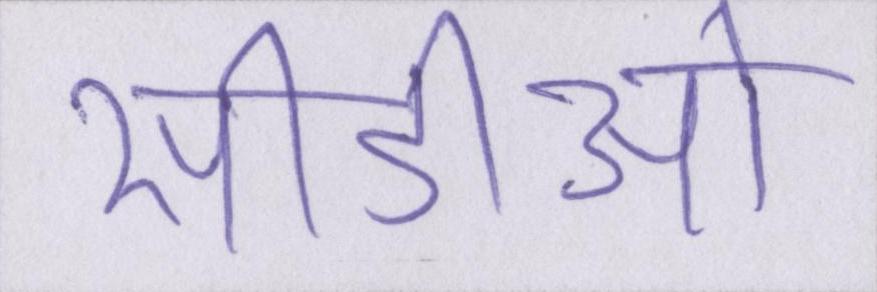
सीडीओ